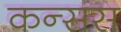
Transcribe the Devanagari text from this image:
कन्सस